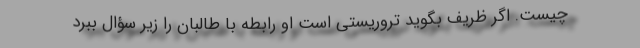
چیست. اگر ظریف بگوید تروریستی است او رابطه با طالبان را زیر سؤال ببرد